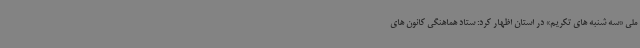
ملی «سه شنبه های تکریم» در استان اظهار کرد: ستاد هماهنگی کانون های